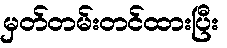
မှတ်တမ်းတင်ထားပြီး